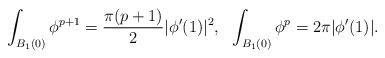
LaTeX: \begin{align*}\int_{B_1(0)}\phi^{p+1}=\frac{\pi(p+1)}{2}|\phi'(1)|^2,\ \ \int_{B_1(0)}\phi^{p}= 2\pi|\phi'(1)|.\end{align*}